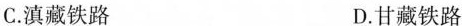
C.滇藏铁路 D.甘藏铁路